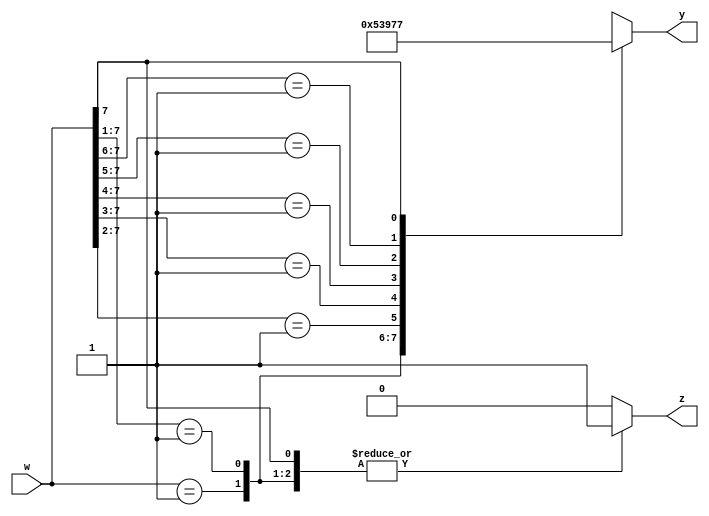
module q3(w, y, z);
input [7: 0]w;
output [2: 0]y;
output z;
reg [2: 0]y;
reg z;
integer k;
always@(w)
	begin
		z = 1;
		casex(w)
			8'b00000001 : y = 3'b000;
			8'b0000001x : y = 3'b001;
			8'b000001xx : y = 3'b010;
			8'b00001xxx : y = 3'b011;
			8'b0001xxxx : y = 3'b100;
			8'b001xxxxx : y = 3'b101;
			8'b01xxxxxx : y = 3'b110;
			8'b1xxxxxxx : y = 3'b111;
			default :
				begin
					y = 3'bxxx;
					z = 0;
				end
		endcase
	end
endmodule